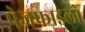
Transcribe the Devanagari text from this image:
पेजफाइलों